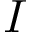
I